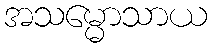
အသမ္မောသာယ